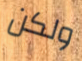
ولكن